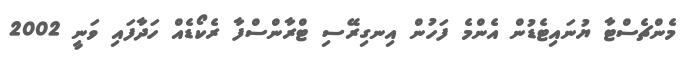
މެންޗެސްޓާ ޔުނައިޓެޑުން އެންމެ ފަހުން އިނގިރޭސި ޓްރާންސްފާ ރެކޯޑެއް ހަދާފައި ވަނީ 2002